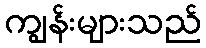
ကျွန်းများသည်